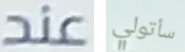
عند سأتولي